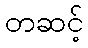
တဆင့်